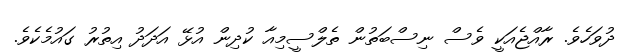
ދުވަހެވެ. ރާއްޖެއަކީ ވެސް ނިސްބަތުން ތެލްސީމިއާ ކުދިން އުޅޭ އަދަދު އިތުރު ގައުމެކެވެ.